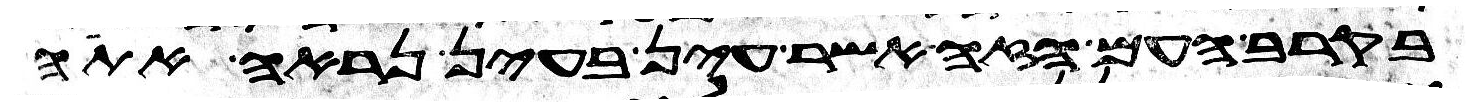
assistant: בקרב העם הזה אשר עין בעין נראה אתה